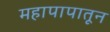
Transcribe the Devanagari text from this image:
महापापातून